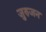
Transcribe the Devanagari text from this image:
जुरुजन